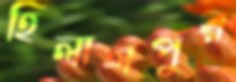
হিলালপুর